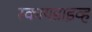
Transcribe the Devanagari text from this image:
स्कायडाइव्ह